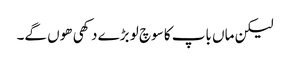
لیکن ماں باپ کا سوچ لو بڑے دکھی ھوں گے۔